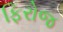
ફિરોજ